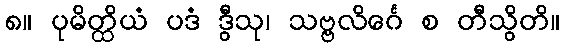
၈။ ပုမိတ္ထိယံ ပဒံ ဒွီသု၊ သဗ္ဗလိင်္ဂေ စ တီသွိတိ။